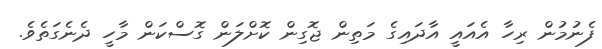
ފެނުމުން ރިހާ އެއައީ އާދައިގެ މަތިން ޖޮގިން ކޮށްލަން ގޮސްކަން މާހީ ދެނެގަތެވެ.